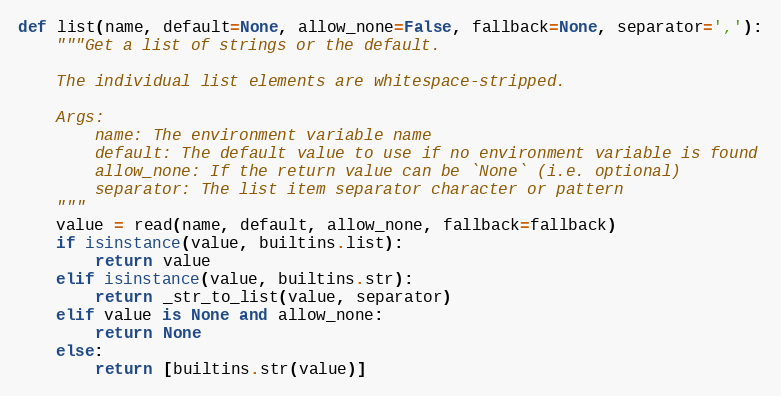
Language: Python
def list(name, default=None, allow_none=False, fallback=None, separator=','):
    """Get a list of strings or the default.

    The individual list elements are whitespace-stripped.

    Args:
        name: The environment variable name
        default: The default value to use if no environment variable is found
        allow_none: If the return value can be `None` (i.e. optional)
        separator: The list item separator character or pattern
    """
    value = read(name, default, allow_none, fallback=fallback)
    if isinstance(value, builtins.list):
        return value
    elif isinstance(value, builtins.str):
        return _str_to_list(value, separator)
    elif value is None and allow_none:
        return None
    else:
        return [builtins.str(value)]